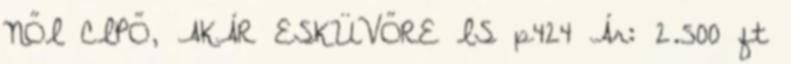
NŐI CIPŐ, AKÁR ESKÜVŐRE IS p424 Ár: 2.500 ft